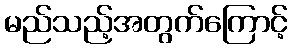
မည်သည့်အတွက်ကြောင့်